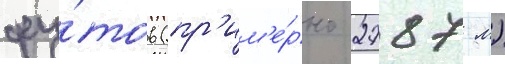
фу́тов (пр'им'е́рно 2787 м)